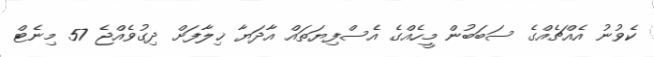
ކެވުނު އެއްޗެއްގެ ސަބަބުން މީހެއްގެ އެސްފިޔަތައް އާދަޔާ ޚިލާފަށް ދިގުވެއްޖެ 57 މިނެޓް